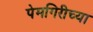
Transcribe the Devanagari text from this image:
पेमगिरीच्या